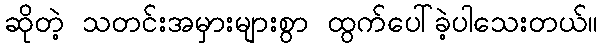
ဆိုတဲ့ သတင်းအမှားများစွာ ထွက်ပေါ်ခဲ့ပါသေးတယ်။